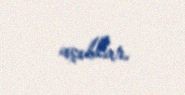
açıblar.